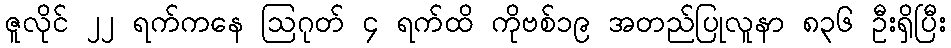
ဇူလိုင် ၂၂ ရက်ကနေ ဩဂုတ် ၄ ရက်ထိ ကိုဗစ်၁၉ အတည်ပြုလူနာ ၈၃၆ ဦးရှိပြီး